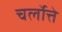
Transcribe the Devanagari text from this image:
चर्लोत्ते